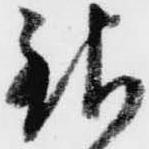
銀